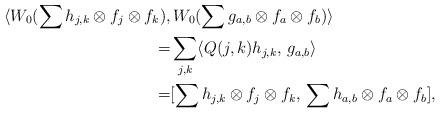
LaTeX: \begin{align*} \langle W_0 (\sum h_{j,k} \otimes f_j\otimes f_k),& \, W_0 (\sum g_{a,b}\otimes f_a\otimes f_b)\rangle \\ = & \sum_{j,k} \langle Q(j,k)h_{j,k}, \, g_{a,b} \rangle \\ = & [ \sum h_{j,k} \otimes f_j\otimes f_k, \, \sum h_{a,b} \otimes f_a\otimes f_b ],\end{align*}